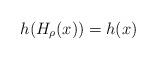
LaTeX: \begin{align*}h(H_{\rho}(x))=h(x)\end{align*}